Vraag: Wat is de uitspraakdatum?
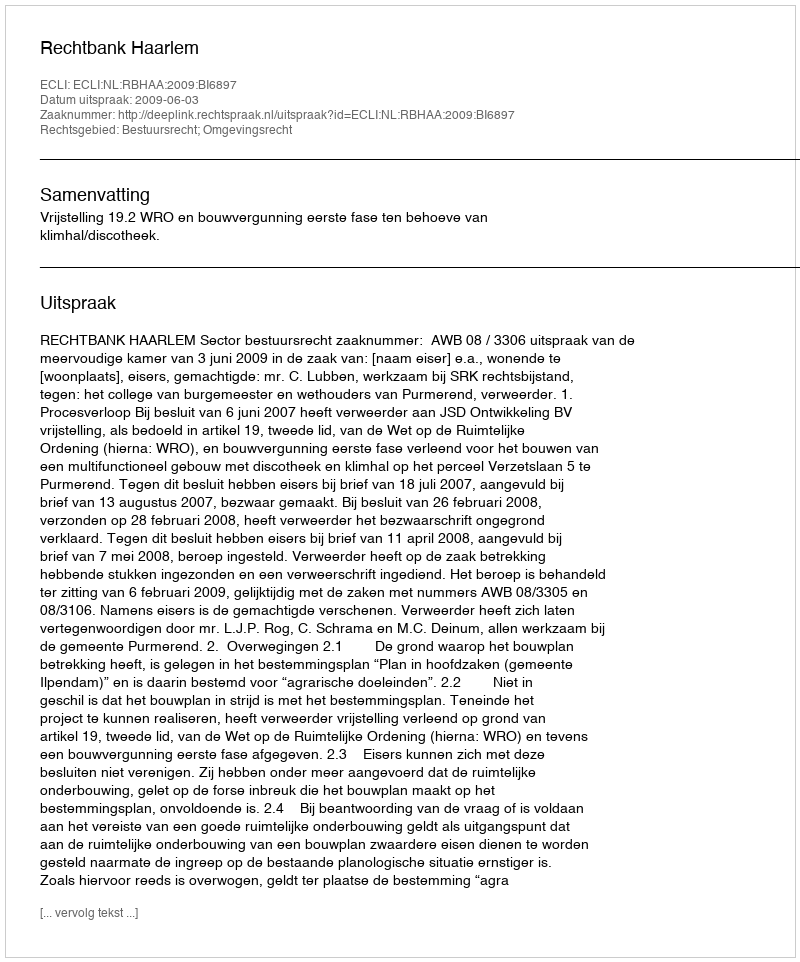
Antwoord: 2009-06-03